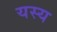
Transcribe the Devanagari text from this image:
यस्‍य